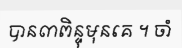
បាន៣ពិន្ទុមុនគេ ។ ចាំ